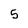
Character: 5